Code of medical and sanitary regulations for the guidance of medical officers serving in the Madras Presidency - Volume I
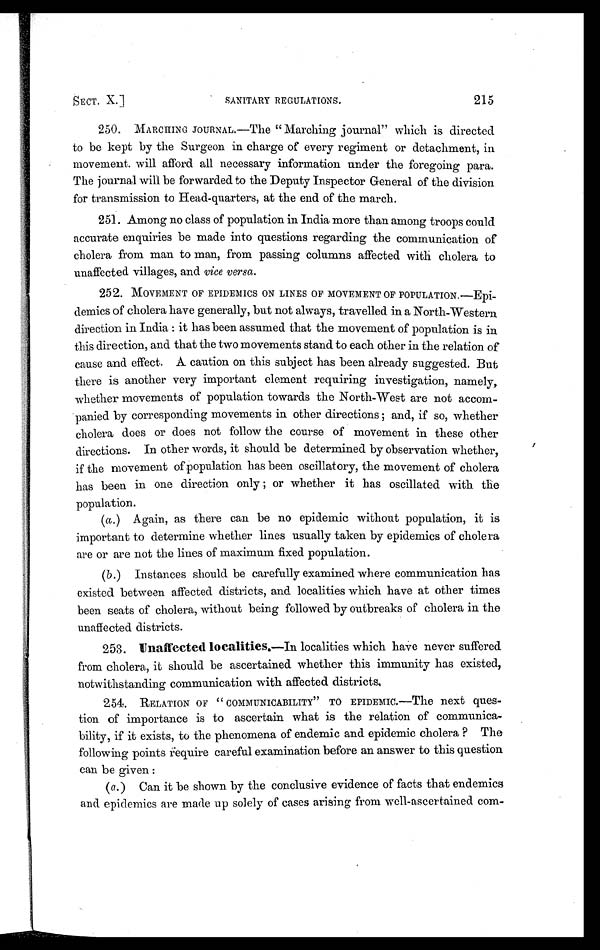
SECT. X.]
SANITARY REGULATIONS.
215
250. MARCHING JOURNAL.—The "Marching journal" which is directed
to be kept by the Surgeon in charge of every regiment or detachment, in
movement. will afford all necessary information under the foregoing para.
The journal will be forwarded to the Deputy Inspector General of the division
for transmission to Head-quarters, at the end of the march.
251. Among no class of population in India more than among troops could
accurate enquiries be made into questions regarding the communication of
cholera from man to man, from passing columns affected with cholera to
unaffected villages, and vice versa.
252. MOVEMENT OF EPIDEMICS ON LINES OF MOVEMENT OF POPULATION.—Epi-
demics of cholera have generally, but not always, travelled in a North-Western
direction in India : it has been assumed that the movement of population is in
this direction, and that the two movements stand to each other in the relation of
cause and effect. A caution on this subject has been already suggested. But
there is another very important element requiring investigation, namely,
whether movements of population towards the North-West are not accom-
panied by corresponding movements in other directions ; and, if so, whether
cholera does or does not follow the course of movement in these other
directions. In other words, it should be determined by observation whether,
if the movement of population has been oscillatory, the movement of cholera
has been in one direction only ; or whether it has oscillated with the
population.
(a.) Again, as there can be no epidemic without population, it is
important to determine whether lines usually taken by epidemics of cholera
are or are not the lines of maximum fixed population.
(a.)
Instances should be carefully examined where communication has
existed between affected districts, and localities which have at other times
been seats of cholera, without being followed by outbreaks of cholera in the
unaffected districts.
253. Unaffected localities. —In localities which have never suffered
from cholera, it should be ascertained whether this immunity has existed,
notwithstanding communication with affected districts,
254. RELATION OF " COMMUNICABILITY" TO EPIDEMIC.—The next ques-
tion of importance is to ascertain what is the relation of communica-
bility, if it exists, to the phenomena of endemic and epidemic cholera ? The
following points require careful examination before an answer to this question
can be given :
( a. ) Can it be shown by the conclusive evidence of facts that endemics
and epidemics are made up solely of cases arising from well-ascertained com-